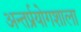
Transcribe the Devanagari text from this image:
अन्तर्प्रयोगशाला